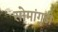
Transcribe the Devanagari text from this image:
सोमांगुडी